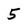
Character: 5